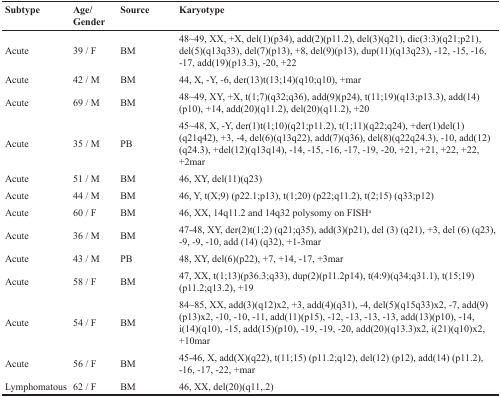
<table><thead><tr><td><b>Subtype</b></td><td><b>Age/ Gender</b></td><td><b>Source</b></td><td><b>Karyotype</b></td></tr></thead><tbody><tr><td>Acute</td><td>39 / F</td><td>BM</td><td>48~49, XX, +X, del(1)(p34), add(2)(p11.2), del(3)(q21), dic(3:3)(q21;p21), del(5)(q13q33), del(7)(p13), +8, del(9)(p13), dup(11)(q13q23), −12, −15, −16, −17, add(19)(p13.3), −20, +22</td></tr><tr><td>Acute</td><td>42 / M</td><td>BM</td><td>44, X, -Y, −6, der(13)t(13;14)(q10;q10), +mar</td></tr><tr><td>Acute</td><td>69 / M</td><td>BM</td><td>48~49, XY, +X, t(1;7)(q32;q36), add(9)(p24), t(11;19)(q13;p13.3), add(14)(p10), +14, add(20)(q11.2), del(20)(q11.2), +20</td></tr><tr><td>Acute</td><td>35 / M</td><td>PB</td><td>45~48, X, -Y, der(1)t(1;10)(q21;p11.2), t(1;11)(q22;q24), +der(1)del(1)(q21q42), +3, −4, del(6)(q13q22), add(7)(q36), del(8)(q22q24.3), −10, add(12)(q24.3), +del(12)(q13q14), −14, −15, −16, −17, −19, −20, +21, +21, +22, +22, +2mar</td></tr><tr><td>Acute</td><td>51 / M</td><td>BM</td><td>46, XY, del(11)(q23)</td></tr><tr><td>Acute</td><td>44 / M</td><td>BM</td><td>46, Y, t(X;9) (p22.1;p13), t(1;20) (p22;q11.2), t(2;15) (q33;p12)</td></tr><tr><td>Acute</td><td>60 / F</td><td>BM</td><td>46, XX, 14q11.2 and 14q32 polysomy on FISH<sup>a</sup></td></tr><tr><td>Acute</td><td>36 / M</td><td>BM</td><td>47-48, XY, der(2)t(1;2) (q21;q35), add(3)(p21), del (3) (q21), +3, del (6) (q23), −9, −9, −10, add (14) (q32), +1-3mar</td></tr><tr><td>Acute</td><td>43 / M</td><td>PB</td><td>48, XY, del(6)(p22), +7, +14, −17, +3mar</td></tr><tr><td>Acute</td><td>58 / F</td><td>BM</td><td>47, XX, t(1;13)(p36.3;q33), dup(2)(p11.2p14), t(4:9)(q34;q31.1), t(15;19)(p11.2;q13.2), +19</td></tr><tr><td>Acute</td><td>54 / F</td><td>BM</td><td>84~85, XX, add(3)(q12)x2, +3, add(4)(q31), −4, del(5)(q15q33)x2, −7, add(9)(p13)x2, −10, −10, −11, add(11)(p15), −12, −13, −13, −13, add(13)(p10), −14, i(14)(q10), −15, add(15)(p10), −19, −19, −20, add(20)(q13.3)x2, i(21)(q10)x2, +10mar</td></tr><tr><td>Acute</td><td>56 / F</td><td>BM</td><td>45-46, X, add(X)(q22), t(11;15) (p11.2;q12), del(12) (p12), add(14) (p11.2), −16, −17, −22, +mar</td></tr><tr><td>Lymphomatous</td><td>62 / F</td><td>BM</td><td>46, XX, del(20)(q11,.2)</td></tr></tbody></table>